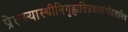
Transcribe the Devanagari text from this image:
प्रेतस्यास्थीनिगृह्णातिप्रधानांगोद्भवानिच